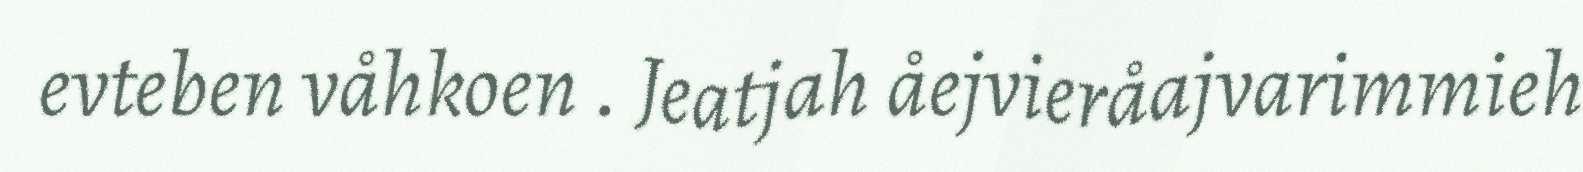
evteben våhkoen . Jeatjah åejvieråajvarimmieh